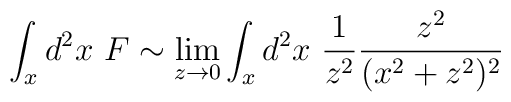
\int_x d^2 x \  F \sim \lim_{z\rightarrow 0}\int_x d^2 x \ {1\over z^2}{z^2\over(x^2+z^2)^2}